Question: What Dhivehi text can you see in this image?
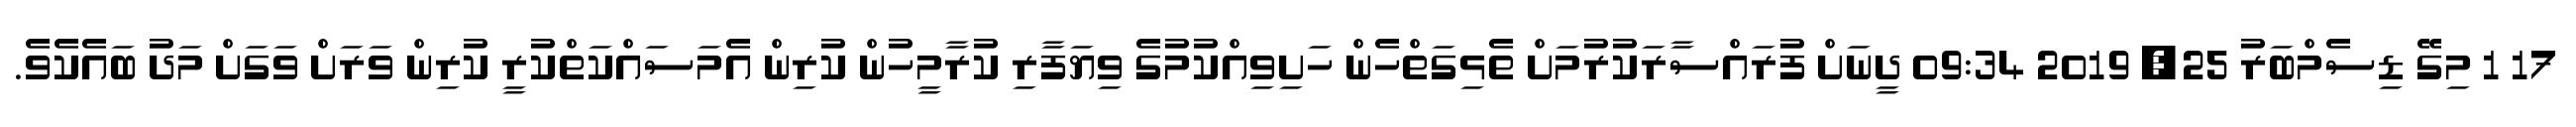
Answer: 17 1 މިގޭ ޑިސެމްބަރު 25, 2019 09:34 ދީނަށް ފުރައްސާރަކުރުމަށް ތެޅިގަތްހެން ހަށިވިއްކުމުގެ ވިޔަފާރި ކުރާމީހުން ކުރިން އެމަސައްކަތްކުރީ ކުރިން ވަރަށް ވަގަށް މަދު ބައެކެވެ.